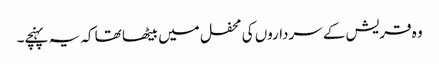
وہ قریش کے سرداروں کی محفل میں بیٹھا تھا کہ یہ پہنچے۔